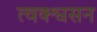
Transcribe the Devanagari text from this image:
त्वक्श्वसन